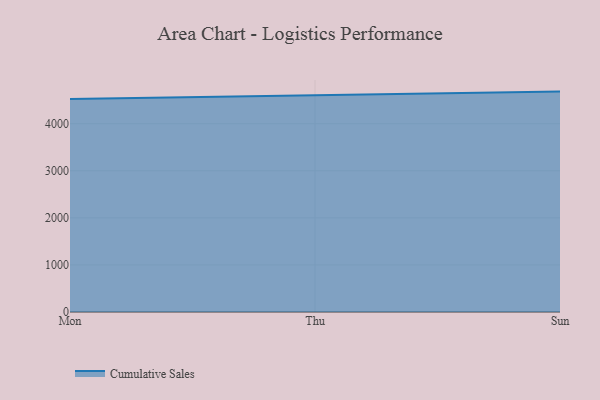
{"axis": {"x": "Day", "y": "Waste Production (Tons)"}, "legend": ["Cumulative Sales"], "data": [{"x": "Mon", "y": 4523.4, "type": "Cumulative Sales"}, {"x": "Thu", "y": 4606.5, "type": "Cumulative Sales"}, {"x": "Sun", "y": 4682.5, "type": "Cumulative Sales"}]}